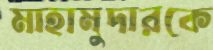
মাহামুদারকে